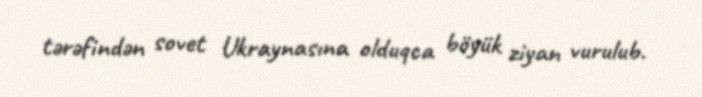
tərəfindən sovet Ukraynasına olduqca böyük ziyan vurulub.